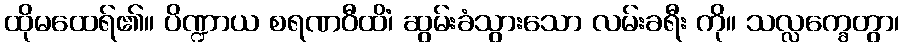
ထိုမထေရ်၏။ ပိဏ္ဍာယ စရဏဝီထိံ၊ ဆွမ်းခံသွားသော လမ်းခရီး ကို။ သလ္လက္ခေတွာ၊